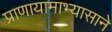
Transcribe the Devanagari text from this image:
प्राणायामाभ्यासाने